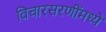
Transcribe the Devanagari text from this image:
विचारसरणींमध्ये